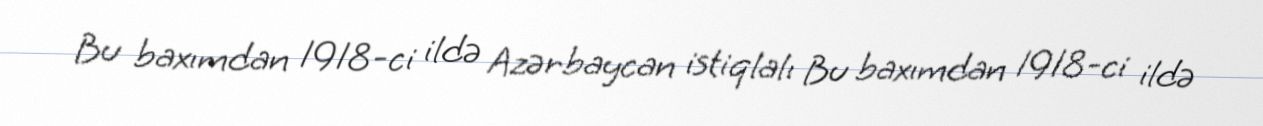
Bu baxımdan 1918-ci ildə Azərbaycan istiqlalı Bu baxımdan 1918-ci ildə